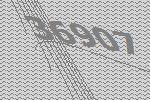
36907